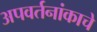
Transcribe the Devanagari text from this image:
अपवर्तनांकाचे